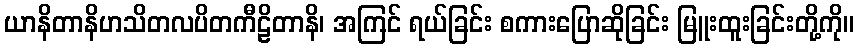
ယာနိတာနိဟသိတလပိတကီဠိတာနိ၊ အကြင် ရယ်ခြင်း စကားပြောဆိုခြင်း မြူးထူးခြင်းတို့ကို။